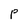
Character: P